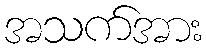
အသက်အား